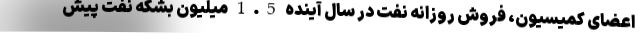
اعضای کمیسیون، فروش روزانه نفت در سال آینده 1.5 میلیون بشکه نفت پیش